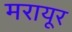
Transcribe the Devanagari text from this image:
मरायूर